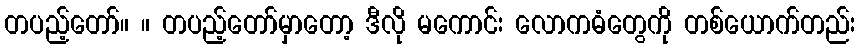
တပည့်တော်။ ။ တပည့်တော်မှာတော့ ဒီလို မကောင်း လောကဓံတွေကို တစ်ယောက်တည်း